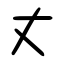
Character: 丈